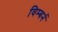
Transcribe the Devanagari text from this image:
विम्बर्न